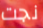
نجت